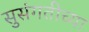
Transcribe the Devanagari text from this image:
सुसंगतीच्या